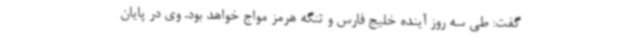
گفت: طی سه روز آینده خلیج فارس و تنگه هرمز مواج خواهد بود. وی در پایان